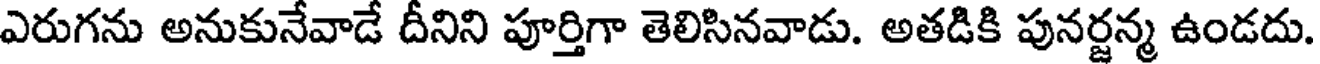
ఎరుగను అనుకునేవాడే దీనిని పూర్తిగా తెలిసినవాడు. అతడికి పునర్జన్మ ఉండదు.